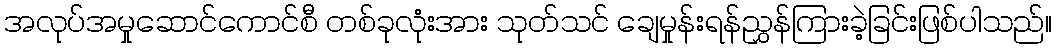
အလုပ်အမှုဆောင်ကောင်စီ တစ်ခုလုံးအား သုတ်သင် ချေမှုန်းရန်ညွှန်ကြားခဲ့ခြင်းဖြစ်ပါသည်။